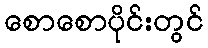
စောစောပိုင်းတွင်